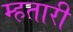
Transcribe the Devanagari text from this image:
म्हतारी